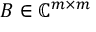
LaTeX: B \in \mathbb { C } ^ { m \times m }